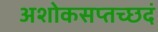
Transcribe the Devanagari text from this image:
अशोकसप्तच्छदं